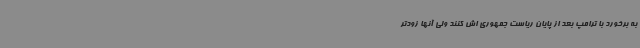
به برخورد با ترامپ بعد از پایان ریاست جمهوری اش کنند ولی آنها زودتر